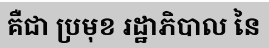
គឺជា ប្រមុខ រដ្ឋាភិបាល នៃ